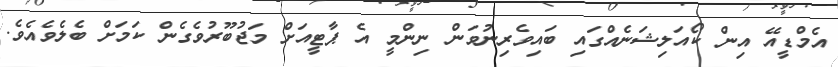
އެމްޑީއޭ އިން ކޯއަލިޝަނެއްގައި ބައިވެރިނުވަން ނިންމީ އެ ޕާޓީއަށް މަޖުބޫރުވެގެން ކަމަށް ބެލެވެއެވެ.